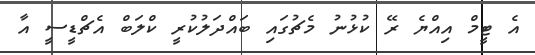
އެ ޓީމް އިއްޔެ ރޭ ކުޅުނު މެޗުގައި ބައްދަލުކުރީ ކްލަބް އެޗްޑީސީ އާ